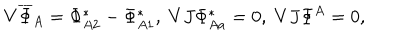
LaTeX: V \overline { { { \Phi } } } _ { A } = \Phi _ { A 2 } ^ { * } - \Phi _ { A 1 } ^ { * } , \; V J \Phi _ { A a } ^ { * } = 0 , \; V J \Phi ^ { A } = 0 ,